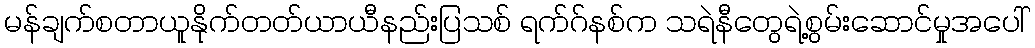
မန်ချက်စတာယူနိုက်တတ်ယာယီနည်းပြသစ် ရက်ဂ်နစ်က သရဲနီတွေရဲ့စွမ်းဆောင်မှုအပေါ်